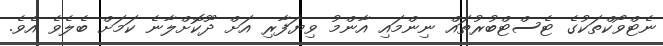
ނެޓްވޯކްތަކުގެ ޓެސްޓްބުރުތައް ނިންމައި އާންމު ވިޔަފާރި އަށް ދޫކޮށްލާނެ ކަމަށް ބެލެވެ އެވެ.